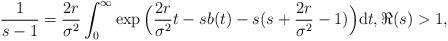
LaTeX: \begin{align*}\frac{1}{s-1} = \frac{2r}{\sigma^{2}}\int_{0}^{\infty} \exp \Big(\frac{2r}{\sigma^{2}} t -s {b}(t) -s (s + \frac{2r}{\sigma^{2}} -1) \Big) \mathrm{d}t, \Re (s) > 1, \end{align*}